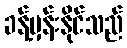
ခန့်မှန်းနိုင်သည်